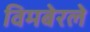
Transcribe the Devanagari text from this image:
विमबेरले